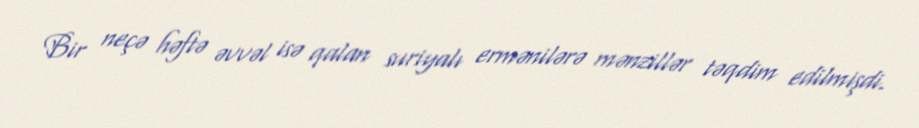
Bir neçə həftə əvvəl isə qalan suriyalı ermənilərə mənzillər təqdim edilmişdi.